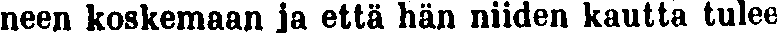
neen koskemaan ja että hän niiden kautta tulee